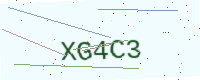
Text: XG4C3